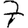
Digit: 7